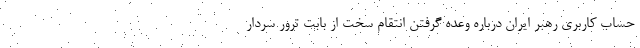
حساب کاربری رهبر ایران درباره وعده گرفتن انتقام سخت از بابت ترور سردار